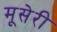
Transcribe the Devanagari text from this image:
मूसेरी